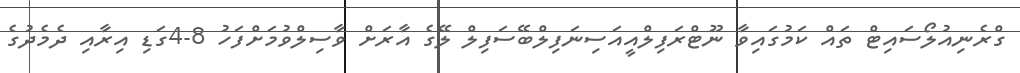
ގްރެނިއުލޯސައިޓް ތައް ކަމުގައިވާ ނޫޓްރަފިލްއީއަސިނަފިލްބޭސަފިލް ލޭގެ އާރަށް ވާސިލްވުމަށްފަހު 8-4ގަޑި އިރާއި ދެމެދުގެ